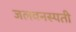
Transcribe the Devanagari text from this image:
जलवनस्पती